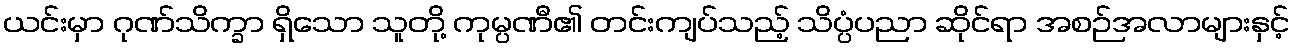
ယင်းမှာ ဂုဏ်သိက္ခာ ရှိသော သူတို့ ကုမ္ပဏီ၏ တင်းကျပ်သည့် သိပ္ပံပညာ ဆိုင်ရာ အစဉ်အလာများနှင့်